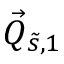
\vec { Q } _ { \tilde { s } , 1 }